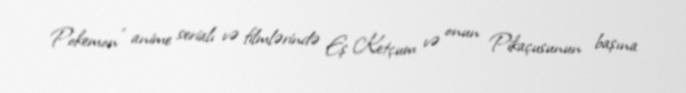
Pokemon" anime serialı və filmlərində Eş Ketçum və onun Pikaçusunun başına